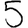
Digit: 5